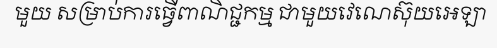
មួយ សម្រាប់ការធ្វើពាណិជ្ជកម្ម ជាមួយវេណេស៊ុយអេឡា